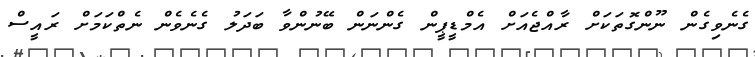
ގެނެވިގެން ނޫންގޮތަކަށް ރާއްޖެއަށް އެމްޑީޕީން ގެންނަން ބޭނުންވާ ބަދަލު ގެނެވެން ނެތްކަމަށް ރައީސް